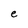
Character: e